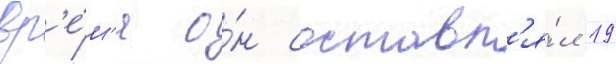
вр'е́м'я о́н составл'я́л 19